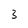
Character: 3